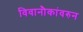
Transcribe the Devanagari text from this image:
विवानौकांवरुन